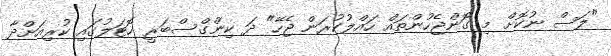
"ލަސް ނުކޮށް މި ގޮންޖެހުންތައް ހައްލުކުރަން ޖެހޭ" ދަ ކިންގްސްބަރީ ހޮޓަލުގައި ކުރިއަށްދާ